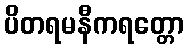
ပိတရမနီကရတ္တော